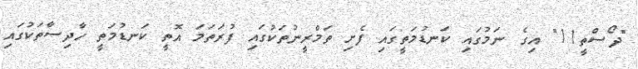
"ދޯސްތީ11" އިގެ ނަމުގައި ކަނޑުމަތީގައި ފެށި ތަމްރީނުތަކުގައި ފުރަތަމަ އޮތީ ކަނޑުމަތީ ހާދިސާތަކުގައި